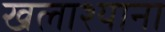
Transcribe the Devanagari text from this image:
खलाश्याना